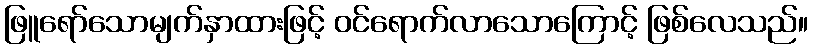
ဖြူရော်သောမျက်နှာထားဖြင့် ဝင်ရောက်လာသောကြောင့် ဖြစ်လေသည်။